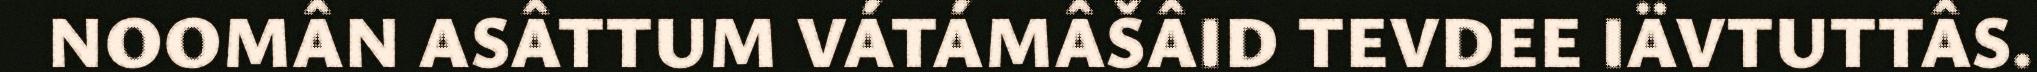
NOOMÂN ASÂTTUM VÁTÁMÂŠÂID TEVDEE IÄVTUTTÂS.